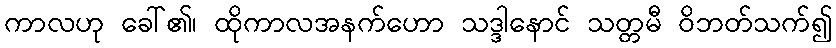
ကာလဟု ခေါ်၏၊ ထိုကာလအနက်ဟော သဒ္ဒါနောင် သတ္တမီ ဝိဘတ်သက်၍